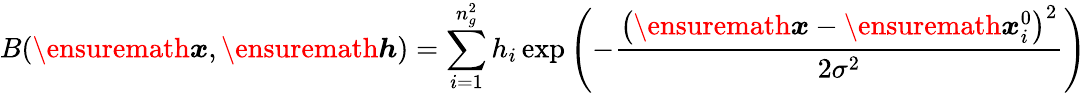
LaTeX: B(\ensuremath{\boldsymbol{{x}}},\ensuremath{\boldsymbol{h}})=\sum_{i=1}^{n_{g}^{2}}h_{i}\exp\left(-\frac{\left(\ensuremath{\boldsymbol{{x}}}-\ensuremath{\boldsymbol{{x}}}_{i}^{0}\right)^{2}}{2\sigma^{2}}\right)